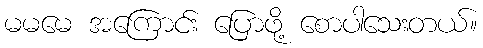
မမမေ အကြောင်း ပြောဖို့ စောပါသေးတယ်။